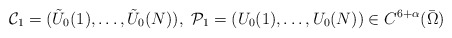
\begin{align*}\mathcal C_1=(\tilde U_0(1),\dots,\tilde U_0(N)),\,\, \mathcal P_1=( U_0(1),\dots, U_0(N))\in C^{6+\alpha}(\bar\Omega)\end{align*}